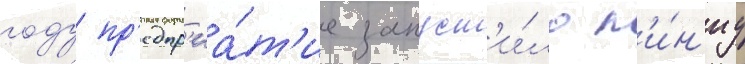
году пр'едпр'иа́т'ие запуст'и́ло л'и́н'иу